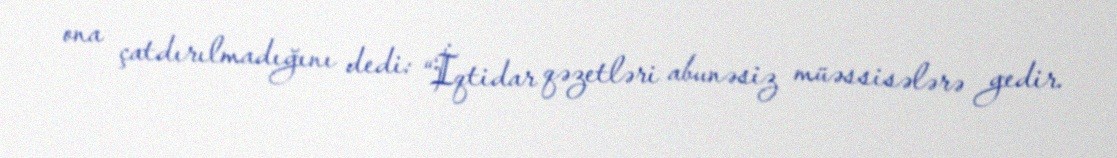
ona çatdırılmadığını dedi: “İqtidar qəzetləri abunəsiz müəssisələrə gedir.